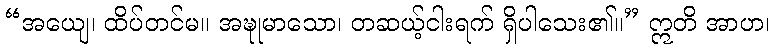
“အယျေ၊ ထိပ်တင်မ။ အဍ္ဎုမာသော၊ တဆယ့်ငါးရက် ရှိပါသေး၏။” ဣတိ အာဟ၊